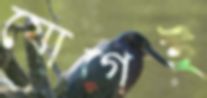
যোগেই